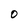
Character: 0